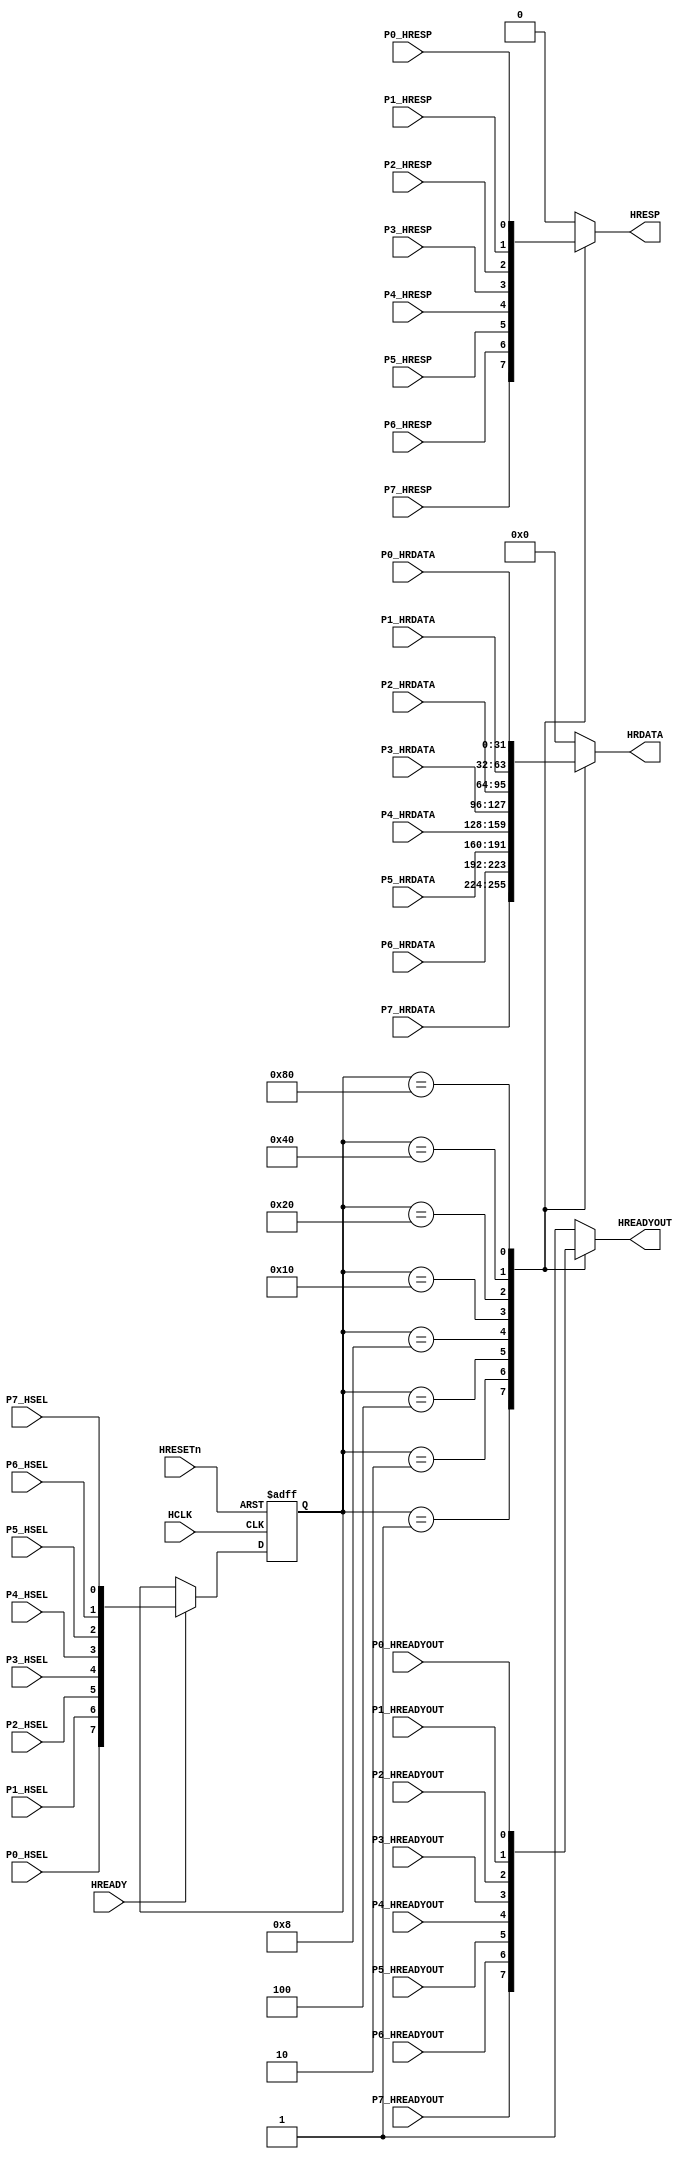
module AHBlite_SlaveMUX (

    input HCLK,
    input HRESETn,
    input HREADY,

    //port 0 RAM CODE
    input P0_HSEL,
    input P0_HREADYOUT,
    input P0_HRESP,
    input [31:0] P0_HRDATA,

    //port 1 RAM DATA
    input P1_HSEL,
    input P1_HREADYOUT,
    input P1_HRESP,
    input [31:0] P1_HRDATA,

    //port 2 WaterLight
    input P2_HSEL,
    input P2_HREADYOUT,
    input P2_HRESP,
    input [31:0] P2_HRDATA,

    //port 3 UART
    input P3_HSEL,
    input P3_HREADYOUT,
    input P3_HRESP,
    input [31:0] P3_HRDATA,

    //port 4 LCD
    input P4_HSEL,
    input P4_HREADYOUT,
    input P4_HRESP,
    input [31:0] P4_HRDATA,
    
	//port 5 SEG
    input P5_HSEL,
    input P5_HREADYOUT,
    input P5_HRESP,
    input [31:0] P5_HRDATA,    
    
	//port 6 MSI
    input P6_HSEL,
    input P6_HREADYOUT,
    input P6_HRESP,
    input [31:0] P6_HRDATA,    
    
	//port 7 keyboard
    input P7_HSEL,
    input P7_HREADYOUT,
    input P7_HRESP,
    input [31:0] P7_HRDATA,     

    //output
    output wire HREADYOUT,
    output wire HRESP,
    output wire [31:0] HRDATA
);

//reg the hsel
reg [7:0] hsel_reg;

always@(posedge HCLK or negedge HRESETn) begin
    if(~HRESETn) hsel_reg <= 8'b0000_0000;
    else if(HREADY) hsel_reg <= {P0_HSEL,P1_HSEL,P2_HSEL,P3_HSEL,P4_HSEL,P5_HSEL,P6_HSEL,P7_HSEL};
end

//hready mux
reg hready_mux;

always@(*) begin
    case(hsel_reg)
    8'b00000001 : begin hready_mux = P7_HREADYOUT;end
	8'b00000010 : begin hready_mux = P6_HREADYOUT;end
	8'b00000100 : begin hready_mux = P5_HREADYOUT;end
    8'b00001000 : begin hready_mux = P4_HREADYOUT;end
    8'b00010000 : begin hready_mux = P3_HREADYOUT;end
    8'b00100000 : begin hready_mux = P2_HREADYOUT;end
    8'b01000000 : begin hready_mux = P1_HREADYOUT;end
    8'b10000000 : begin hready_mux = P0_HREADYOUT;end
    default     : begin hready_mux = 1'b1;end
    endcase
end

assign HREADYOUT = hready_mux;

//hresp mux
reg hresp_mux;

always@(*) begin
    case(hsel_reg)
    8'b00000001 : begin hresp_mux = P7_HRESP;end
	8'b00000010 : begin hresp_mux = P6_HRESP;end
	8'b00000100 : begin hresp_mux = P5_HRESP;end
    8'b00001000 : begin hresp_mux = P4_HRESP;end
    8'b00010000 : begin hresp_mux = P3_HRESP;end
    8'b00100000 : begin hresp_mux = P2_HRESP;end
    8'b01000000 : begin hresp_mux = P1_HRESP;end
    8'b10000000 : begin hresp_mux = P0_HRESP;end
    default    : begin hresp_mux = 1'b0;end
    endcase
end

assign HRESP = hresp_mux;

//hrdata mux
reg [31:0] hrdata_mux;

always@(*) begin
    case(hsel_reg)
    8'b00000001 : begin hrdata_mux = P7_HRDATA;end
	8'b00000010 : begin hrdata_mux = P6_HRDATA;end
	8'b00000100 : begin hrdata_mux = P5_HRDATA;end
    8'b00001000 : begin hrdata_mux = P4_HRDATA;end
    8'b00010000 : begin hrdata_mux = P3_HRDATA;end
    8'b00100000 : begin hrdata_mux = P2_HRDATA;end
    8'b01000000 : begin hrdata_mux = P1_HRDATA;end
    8'b10000000 : begin hrdata_mux = P0_HRDATA;end
    default   : begin hrdata_mux = 32'b0;end
    endcase
end

assign HRDATA = hrdata_mux;

endmodule